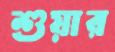
শুয়ার